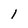
Character: 1